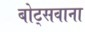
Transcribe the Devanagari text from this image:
बोट्सवाना